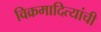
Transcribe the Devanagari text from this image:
विक्रमादित्यांची